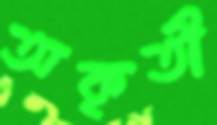
অকৃতী